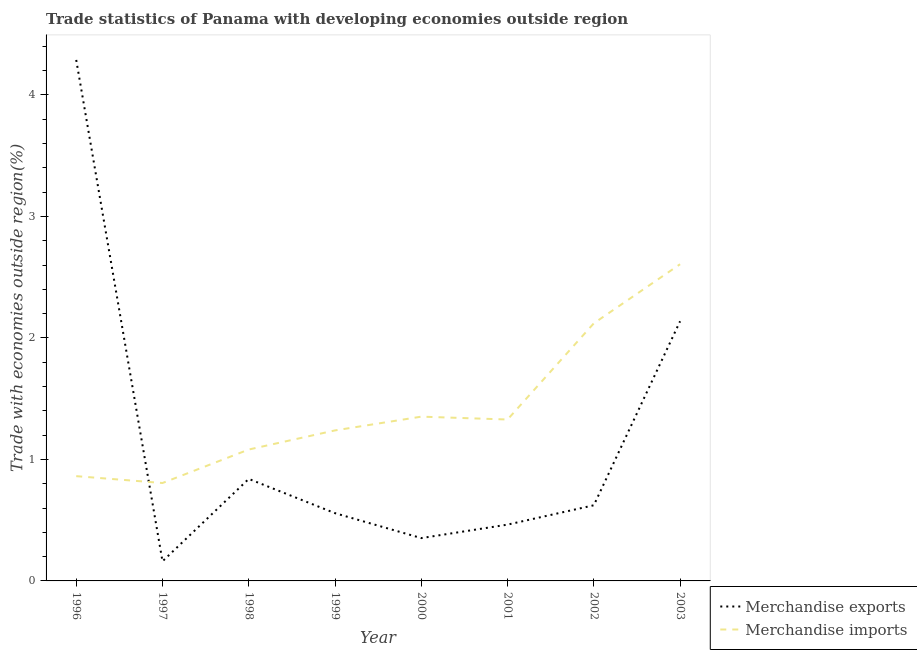
| Year | Merchandise exports | Merchandise imports |
 | --- | --- | --- |
 | 1996 | 4.29 | 0.862 |
 | 1997 | 0.161 | 0.806 |
 | 1998 | 0.84 | 1.08 |
 | 1999 | 0.558 | 1.24 |
 | 2000 | 0.352 | 1.35 |
 | 2001 | 0.463 | 1.33 |
 | 2002 | 0.623 | 2.12 |
 | 2003 | 2.14 | 2.61 |